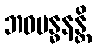
ဘဝဗန္ဓနန္တိ